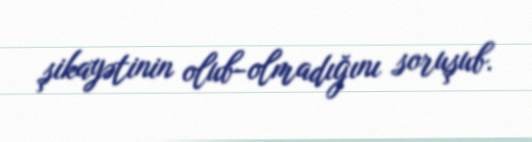
şikayətinin olub-olmadığını soruşub.